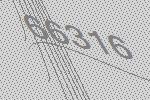
66316